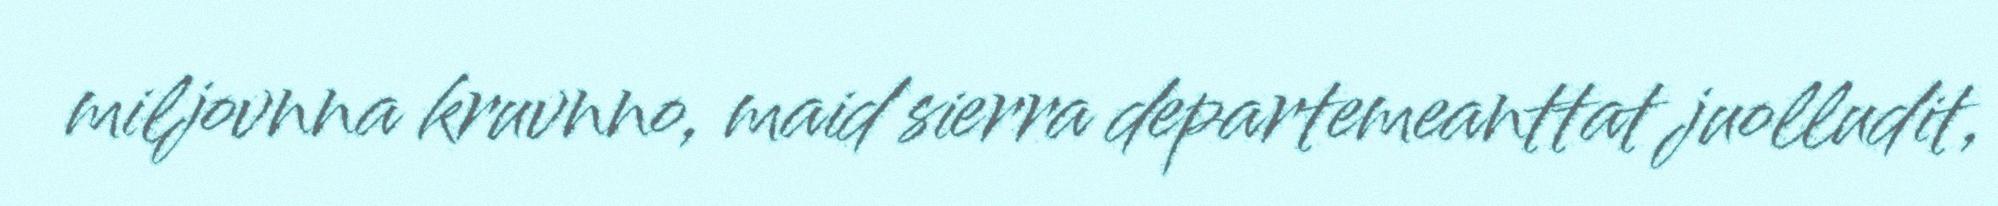
miljovnna kruvnno, maid sierra departemeanttat juolludit,